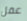
عقل